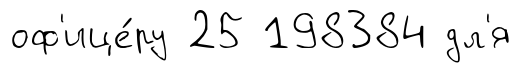
оф'ице́ру 25 198384 дл'я